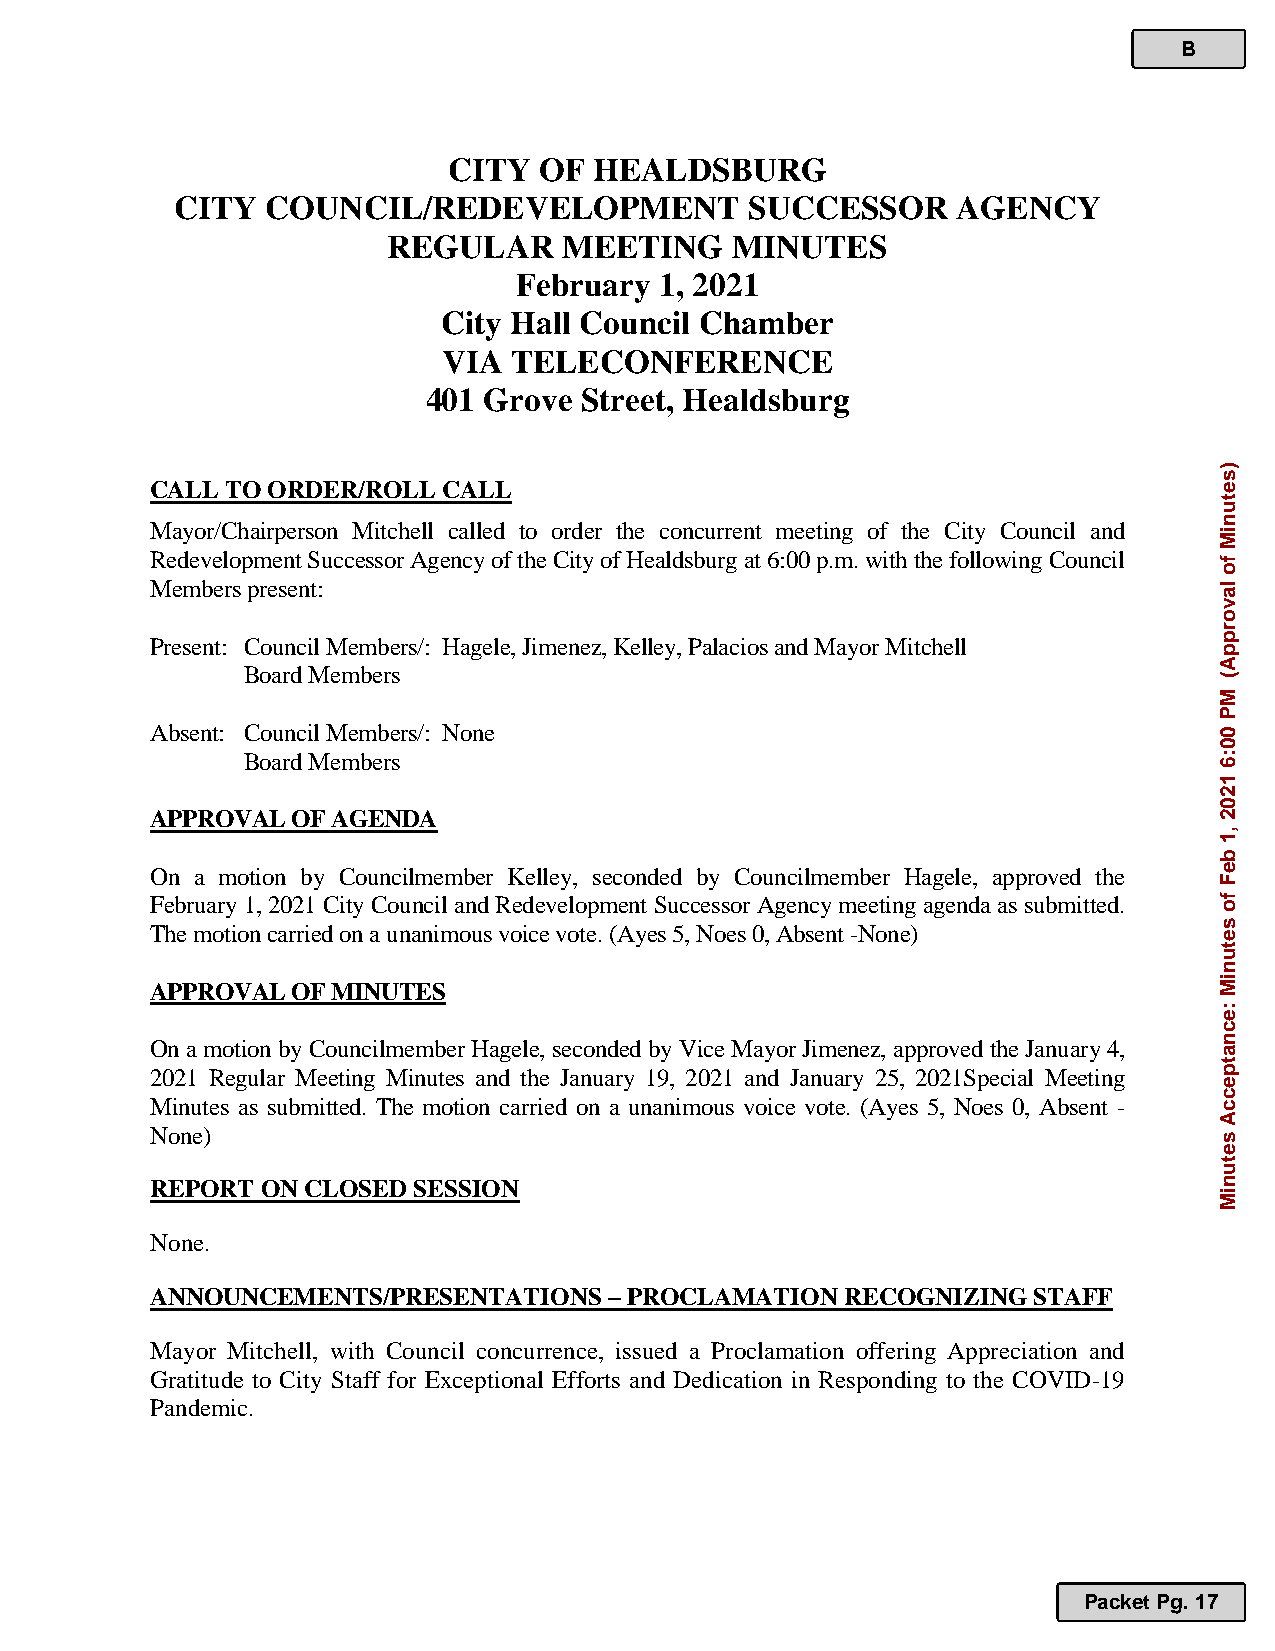
B
 CITY  OF HEALDSBURG
 CITY  COUNCIL/REDEVELOPMENT           SUCCESSOR    AGENCY
 REGULAR    MEETING    MINUTES
 February  1, 2021
 City Hall Council Chamber
 VIA  TELECONFERENCE
 401 Grove Street, Healdsburg
 .
 CALL TO ORDER/ROLL CALL
 Mayor/Chairperson Mitchell called to order the concurrent meeting of the City Council and
 Redevelopment Successor Agency of the City of Healdsburg at 6:00 p.m. with the following Council
 Members present:
 Present: Council Members/: Hagele, Jimenez, Kelley, Palacios and Mayor Mitchell
 Board Members
 Absent: Council Members/: None
 Board Members
 APPROVAL OF AGENDA
 On a motion by Councilmember Kelley, seconded by Councilmember Hagele, approved the
 February 1, 2021 City Council and Redevelopment Successor Agency meeting agenda as submitted.
 The motion carried on a unanimous voice vote. (Ayes 5, Noes 0, Absent -None)
 APPROVAL OF MINUTES
 On a motion by Councilmember Hagele, seconded by Vice Mayor Jimenez, approved the January 4,
 2021 Regular Meeting Minutes and the January 19, 2021 and January 25, 2021Special Meeting
 Minutes as submitted. The motion carried on a unanimous voice vote. (Ayes 5, Noes 0, Absent -
 None)
 REPORT ON CLOSED SESSION
 None.
 ANNOUNCEMENTS/PRESENTATIONS   – PROCLAMATION  RECOGNIZING STAFF
 Mayor Mitchell, with Council concurrence, issued a Proclamation offering Appreciation and
 Gratitude to City Staff for Exceptional Efforts and Dedication in Responding to the COVID-19
 Pandemic.
 Packet Pg. 17
 )setuniM
 fo
 lavorppA(
 MP
 00:6
 1202
 ,1
 beF
 fo
 setuniM
 :ecnatpeccA
 setuniM